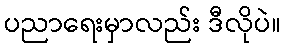
ပညာရေးမှာလည်း ဒီလိုပဲ။